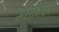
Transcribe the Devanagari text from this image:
सेरांगियम